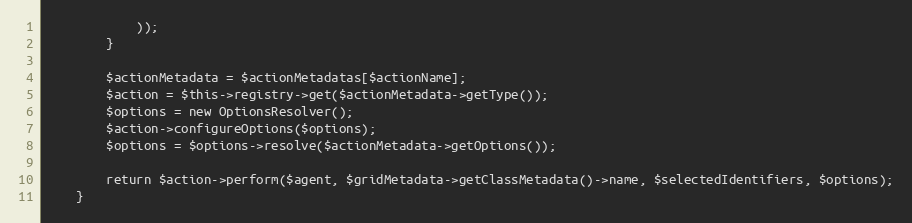
Language: PHP
            ));
        }

        $actionMetadata = $actionMetadatas[$actionName];
        $action = $this->registry->get($actionMetadata->getType());
        $options = new OptionsResolver();
        $action->configureOptions($options);
        $options = $options->resolve($actionMetadata->getOptions());

        return $action->perform($agent, $gridMetadata->getClassMetadata()->name, $selectedIdentifiers, $options);
    }